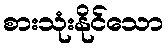
စားသုံးနိုင်သော